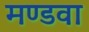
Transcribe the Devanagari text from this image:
मण्डवा